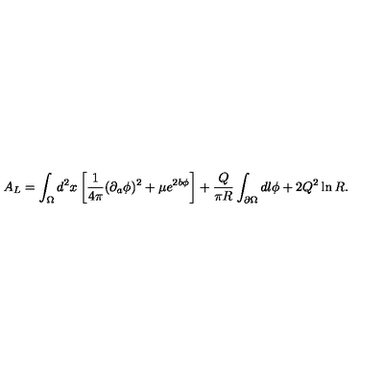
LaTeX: A _ { L } = \int _ { \Omega } d ^ { 2 } x \left[ { \frac { 1 } { 4 \pi } } ( \partial _ { a } \phi ) ^ { 2 } + \mu e ^ { 2 b \phi } \right] + { \frac { Q } { \pi R } } \int _ { \partial \Omega } d l \phi + 2 Q ^ { 2 } \ln { R } .